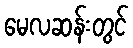
မေလဆန်းတွင်